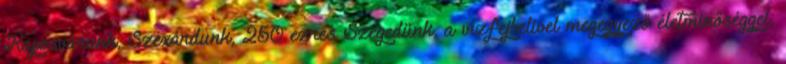
Kaposvárunk, Szexárdunk, 250 ezres Szegedünk, a vízfejbelivel megegyező életminőséggel,